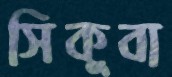
সিকুবা